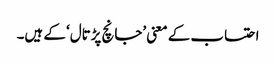
احتساب کے معنی ’جانچ پڑتال‘ کے ہیں۔